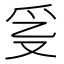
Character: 𤓴